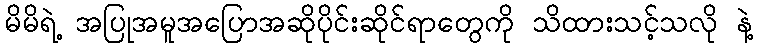
မိမိရဲ့ အပြုအမူအပြောအဆိုပိုင်းဆိုင်ရာတွေကို သိထားသင့်သလို နဲ့